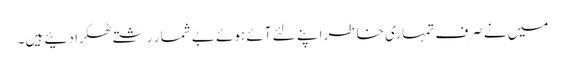
میں نے صرف تمہاری خاطر اپنے لئے آئے ہوئے بے شمار رشتے ٹھکرا دئیے ہیں۔